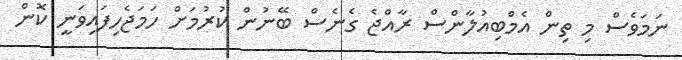
ނަމަވެސް މި ތިން އެމްބިއުލާންސް ރާއްޖެ ގެނެސް ބޭނުން ކުރުމަށް ހަމަޖެހިފައިވަނީ ކޮން